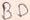
Text: BD